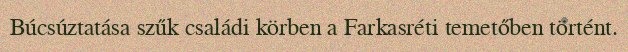
Búcsúztatása szűk családi körben a Farkasréti temetőben történt.